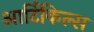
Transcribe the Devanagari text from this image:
आर्टिकिल्स